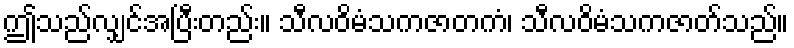
ဤသည်လျှင်အပြီးတည်း။ သီလဝိမံသကဇာတကံ၊ သီလဝိမံသကဇာတ်သည်။